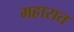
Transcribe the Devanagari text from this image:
महारात